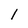
Character: 1